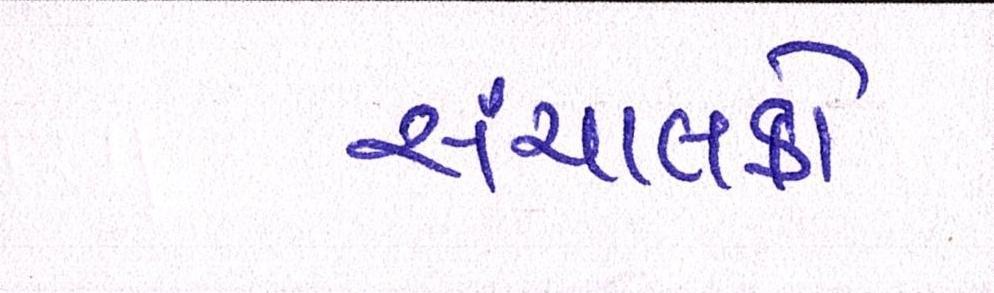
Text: સંચાલકો